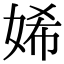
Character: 㛓